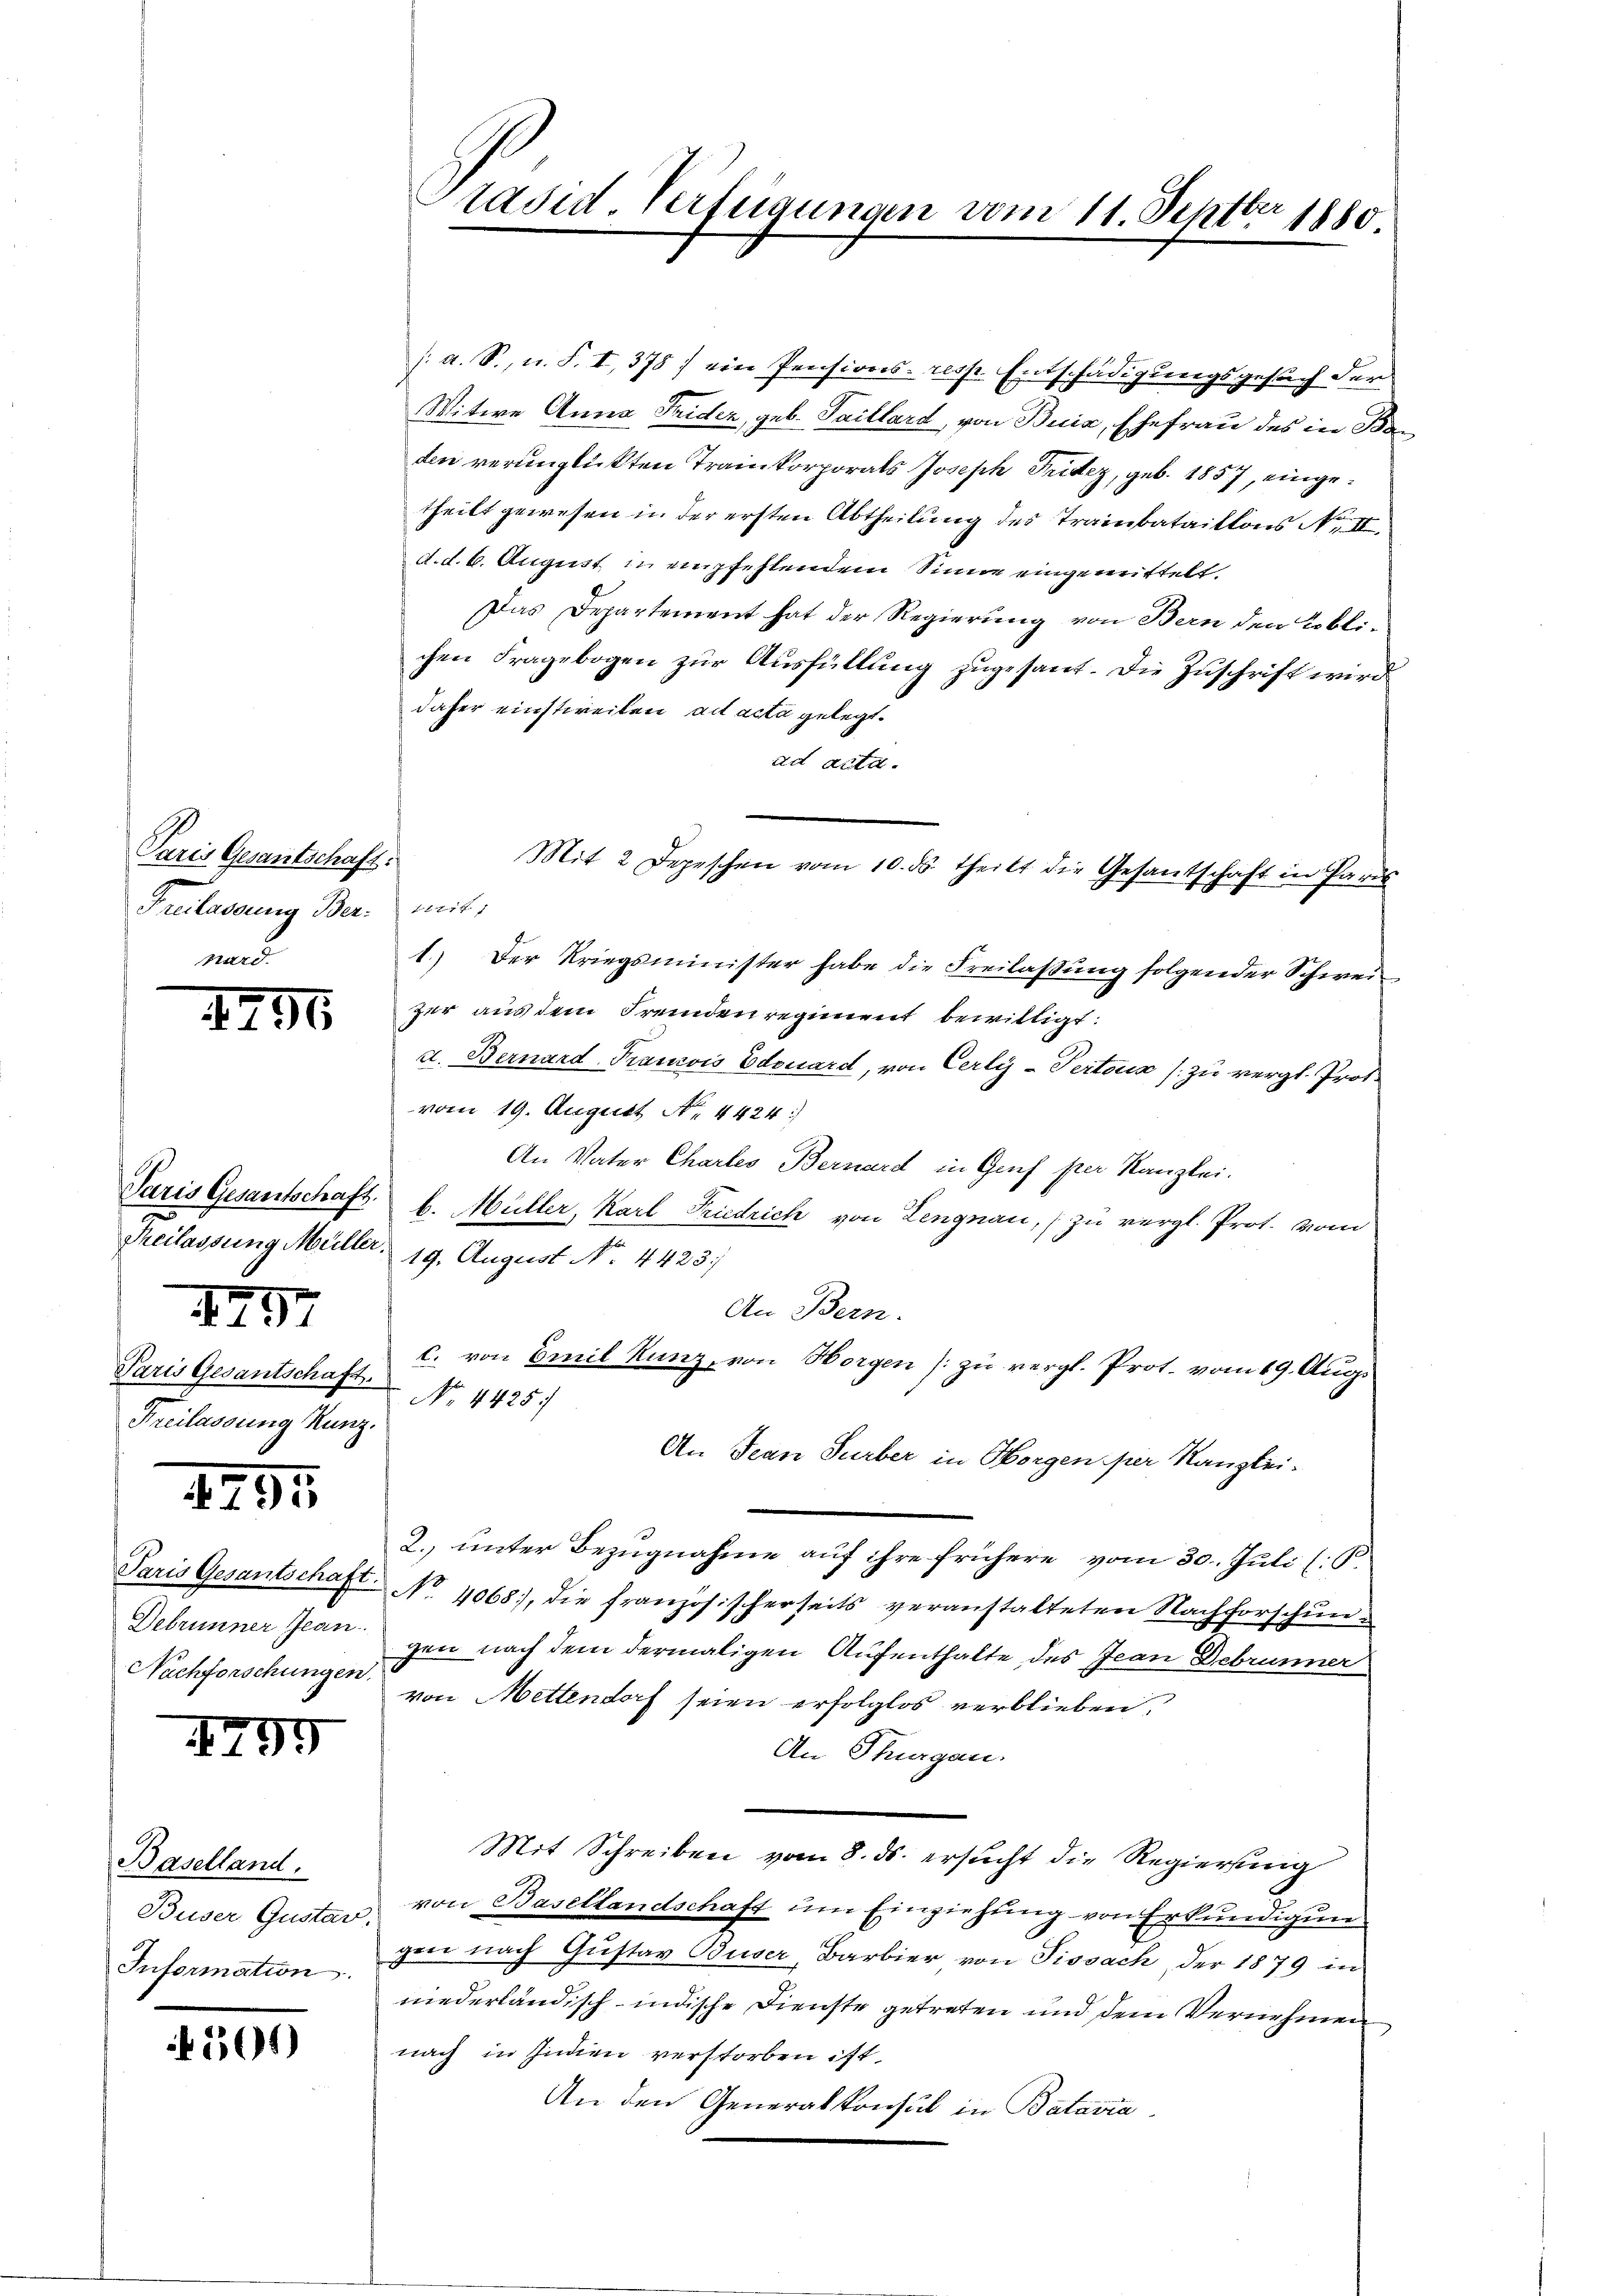
Paris Gesantschaft.
Freilassung Ber. mit:

Freilassung Müller.

4796

1297

Paris Gesantschaft.
Freilassung Kunz.

2795.

Paris Gesantschaft.
Debrunner Jean
Nachforschungen.

4799

Baselland.
Buser Gustar
Information.

301)

räsid. Verfügungen vom 11. Septbr 1880.

s: a. S., u. S. I, 378 ein Pensions- resp. Entschädigungsgesuch der
Witwe Anna Triden, geb. Taillard, von Buia, Ehefrau des in Barden verunglickten Trainkorporats Joseph Trider, geb. 1857, eingetheilt gewesen in der ersten Abtheilung des Trainbataillons No II.
d.d. 6. August in empfehlendem Sinne eingemittelt.
Das Departement hat der Regierung von Bern den Biblichen Fragebogen zur Ausfüllung zugesant. Die Zuschrift wird
daher einstweilen, ad acta gelegt.
ad acta.
1.) Der Kriegsminister habe die Freilassung folgender Schwei-
zer aus dem Fremden regiment bewilligt:
d. Bernard Francois Edouard, von Cerly-Pertoux (zu vergl. Prot
vom 19. August N. 4424)
An Vater Chartes Bernard in Genf per Kanzlei.
Paris Gesantschaft. b. Müller, Karl Friedrich von Lengnau, zu vergl. Prot. vom
19. August No. 4423.
An Bern.
c. von Emil Kunz, von Horgen zu vergl. Prot. vom 19. Aug.
No. 4425.
An Jean Surber in Morgen per Kanzlei-
2. unter Bezugnahme auf ihre frühere vom 30. Juli (B
No. 4068), die französischerseits veranstalteten Nachforschungen nach dem dermaligen Aufenthalte des Jean Debrunner
von Mettendorf seien erfolglos verblieben,
An Thurgau.
Mit Schreiben vom 8. ds. ersucht die Regierung
von Basellandschaft um Einziehung von Erkundigun
gen nach Gustav Buser, Barbier von Tissach, der 1879 in
niederländisch-indische Dienste getreten und dem Vernehmen
nach in Indien verstorben ist.
An den Generalkonsul in Batavia

Mit 2 Depeschen vom 10. ds. theilt die Gesantschaft in Paris